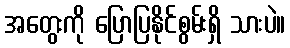
အတွေးကို ပြောပြနိုင်စွမ်းရှိ သားပဲ။